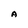
Character: A